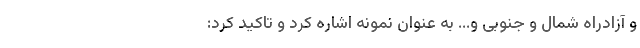
و آزادراه شمال و جنوبی و... به عنوان نمونه اشاره کرد و تاکید کرد: